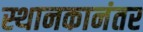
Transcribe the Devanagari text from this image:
स्थानकानंतर